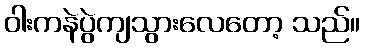
ဝါးကနဲပွဲကျသွားလေတော့ သည်။